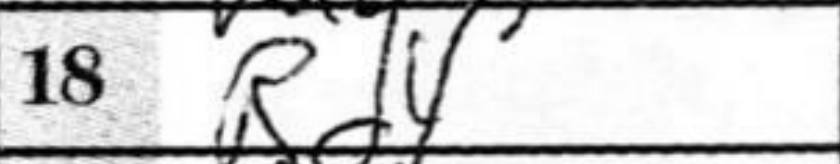
Transcription: Rd4